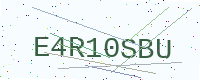
Text: E4R10SBU